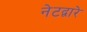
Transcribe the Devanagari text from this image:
नेटद्वारे